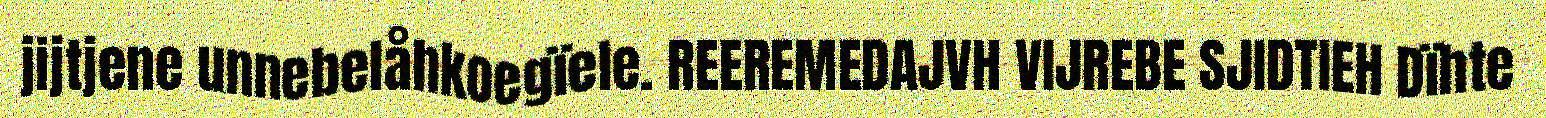
jijtjene unnebelåhkoegïele. REEREMEDAJVH VIJREBE SJIDTIEH Dïhte